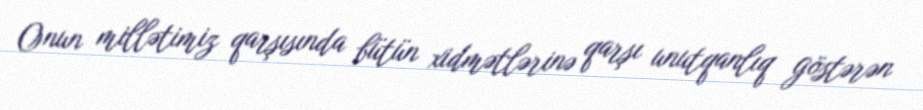
Onun millətimiz qarşısında bütün xidmətlərinə qarşı unutqanlıq göstərən